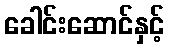
ခေါင်းဆောင်နှင့်